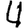
Digit: 4